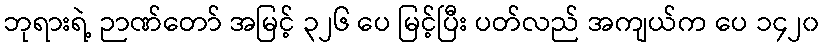
ဘုရားရဲ့ ဉာဏ်တော် အမြင့် ၃၂၆ ပေ မြင့်ပြီး ပတ်လည် အကျယ်က ပေ ၁၄၂၀